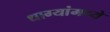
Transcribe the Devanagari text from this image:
धाग्यांमध्ये